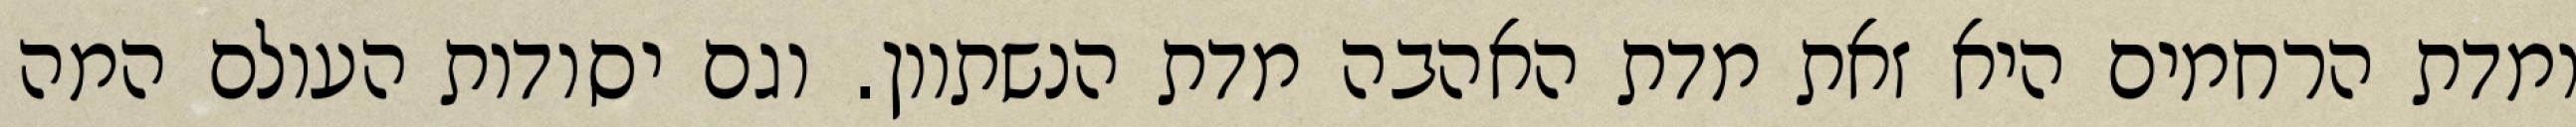
ומדת הרחמים היא זאת מדת האהבה מדת הנשתוון. וגם יסודות העולם המה